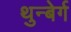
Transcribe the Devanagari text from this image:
थुन्बेर्ग